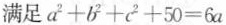
满足$$a ^ { 2 } + b ^ { 2 } + c ^ { 2 } + 5 0 = 6 a